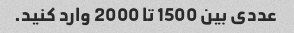
عددی بین 1500 تا 2000 وارد کنید.